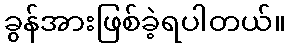
ခွန်အားဖြစ်ခဲ့ရပါတယ်။